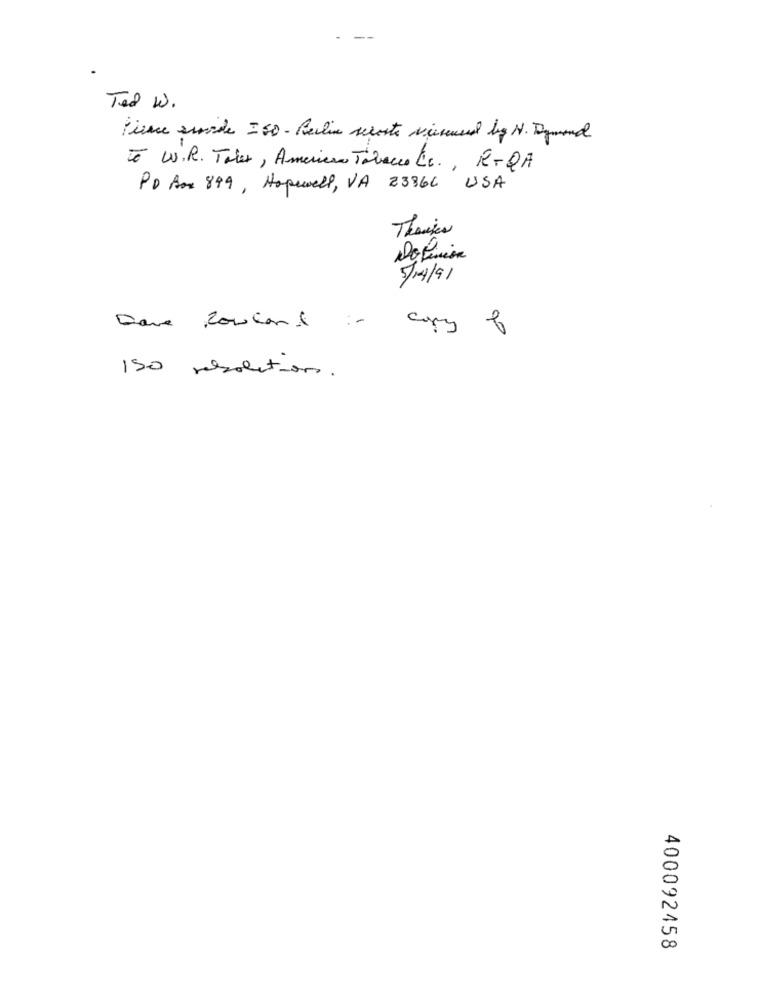
Ted W.
tiene surde =50 - Berlin seroste viccesa big N. Dymond
To W.R. Tales, American Tobacco Le ., R-QA
PD Am 899, Hopewell, VA 23866 USA
Thanks
Dopinion
5/4/91
copy
150 resolutions.
U
00
400092458